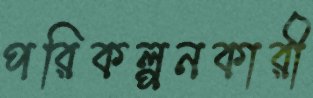
পরিকল্পনকারী